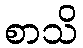
စာသိ